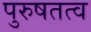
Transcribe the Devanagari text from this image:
पुरुषतत्व